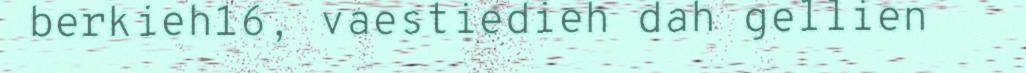
berkieh16, vaestiedieh dah gellien